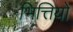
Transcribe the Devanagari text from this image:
भित्तियो